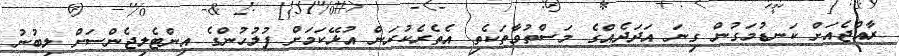
ރާއްޖެއަށް ކަނޑުމަގުން ގިނަ އަދަދެއްގެ މަސްތުވާތަކެތި އެތެރެކުރަން އުޅޭކަމަށް ފުލުހުންގެ އިންޓެލިޖެންސަށް ލިބުނު